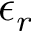
\epsilon _ { r }